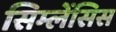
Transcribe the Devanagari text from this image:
सिम्लेंसिस